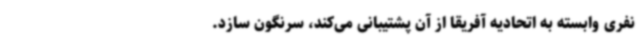
نفری وابسته به اتحادیه آفریقا از آن پشتیبانی می‌کند، سرنگون سازد.